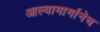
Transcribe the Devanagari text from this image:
आल्यामार्गानेच